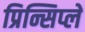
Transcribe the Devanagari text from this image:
प्रिन्सिप्ले